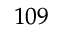
^ { 1 0 9 }